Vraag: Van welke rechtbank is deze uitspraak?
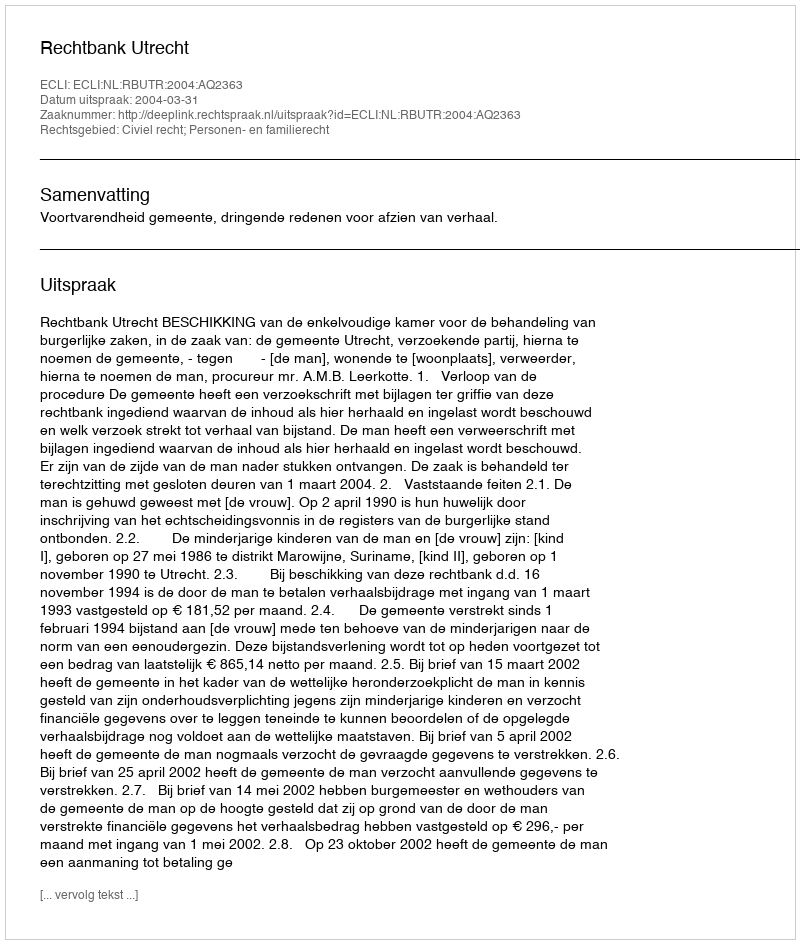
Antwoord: Rechtbank Utrecht